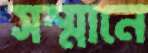
সম্মানে